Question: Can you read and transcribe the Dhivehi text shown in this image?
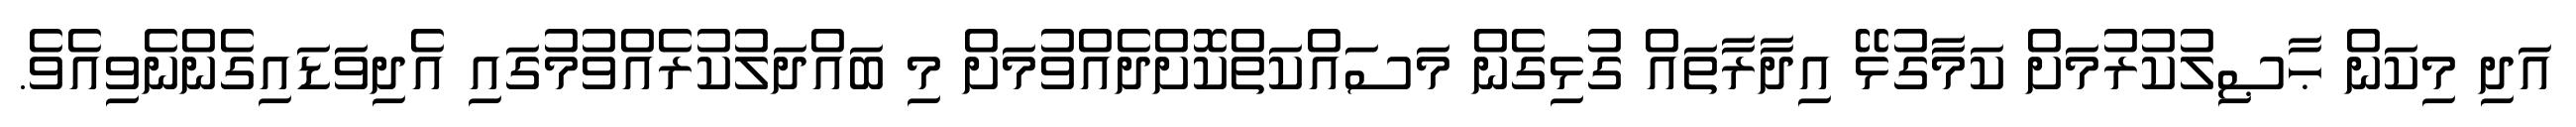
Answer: އަދި މިކަން ޙާޞިލުކުރުމަށް ކަމާގުޅޭ އިދާރާތައް ގުޅިގެން މަސައްކަތްކޮށްދެއްވުމަށް މި ބައްދަލުކުރެއްވުމުގައި އެދިވަޑައިގެންނެވިއެވެ.